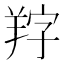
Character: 𦍺